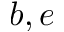
b , e